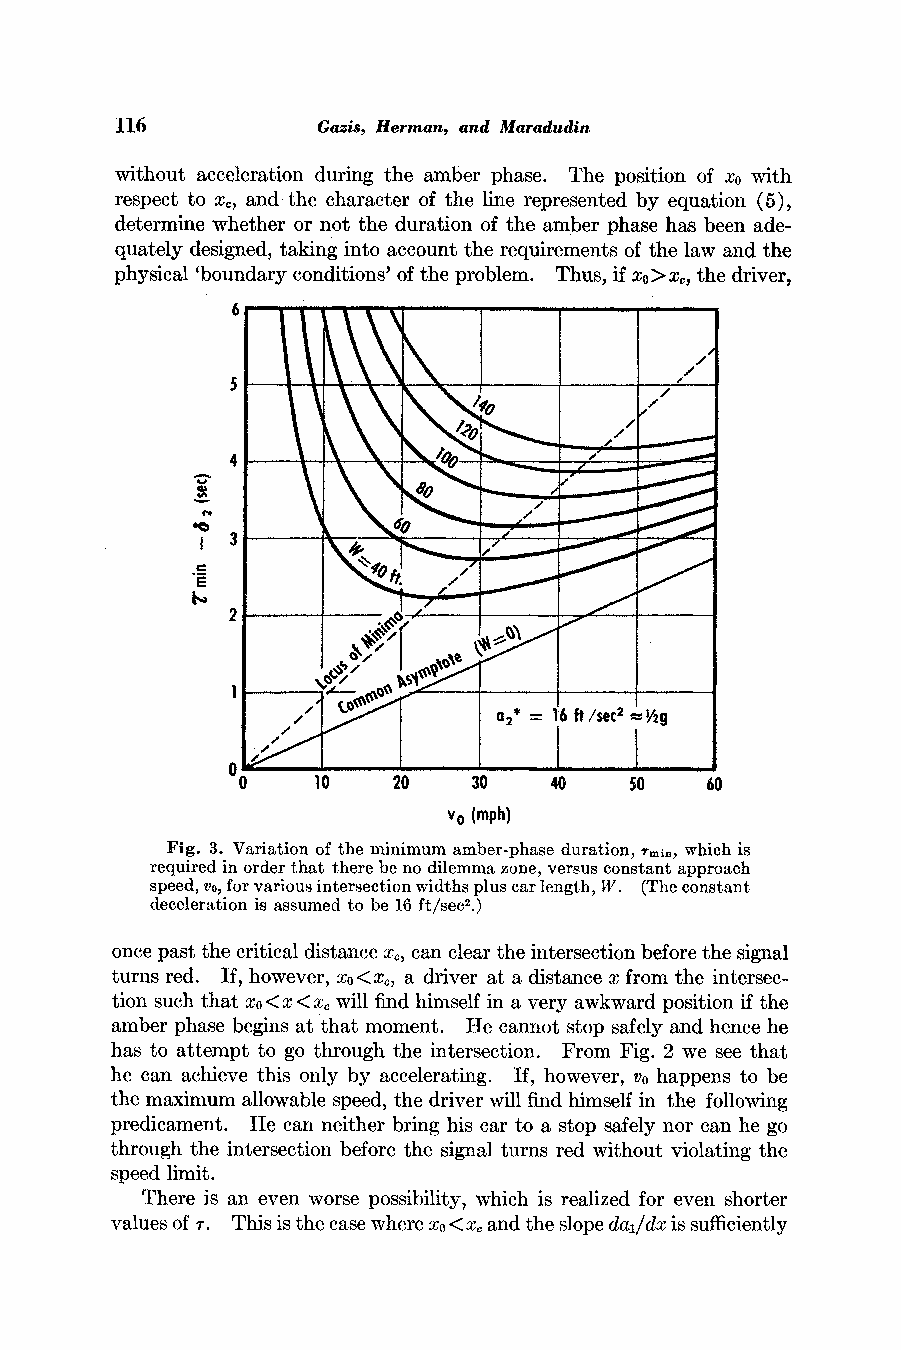
116          Gazis, Herman, and Maradudin
 without acceleration during the amber phase. The position of xo with
 respect to x, and the character of the line represented by equation (5),
 determine whether or not the duration of the amber phase has been ade-
 quately designed, taking into account the requirements of the law and the
 physical 'boundary conditions' of the problem. Thus, if xo>x, the driver,
 6
 4
 6g,1\\\'4\~~~~~~C   16t /e2
 2         1/2
 0
 0    10   20   30   40    50   60
 v0 (mph)
 Fig. 3. Variation of the minimum amber-phase duration, rmin which is
 required in order that there be no dilemma zone, versus constant approach
 speed, vo,f or various intersection widths plus car length, W. (The constant
 deceleration is assumed to be 16 ft/sec2.)
 once past the critical distance x?, can clear the intersection before the signal
 turns red. If, however, xo< X. a driver at a distance x from the intersec-
 tion such that xo< x <x, will find himself in a very awkward position if the
 amber phase begins at that moment. He cannot stop safely and hence he
 has to attempt to go through the intersection. From Fig. 2 we see that
 he can achieve this only by accelerating. If, however, vo happens to be
 the maximum allowable speed, the driver will find himself in the following
 predicament. He can neither bring his car to a stop safely nor can he go
 through the intersection before the signal turns red without violating the
 speed limit.
 There is an even worse possibility, which is realized for even shorter
 values of r. This is the case where xo< x, and the slope dal/dx is sufficiently